Annual report of the Civil Veterinary Department, Bengal, for the year 1897-98 - 1897-1898
Year: 1897
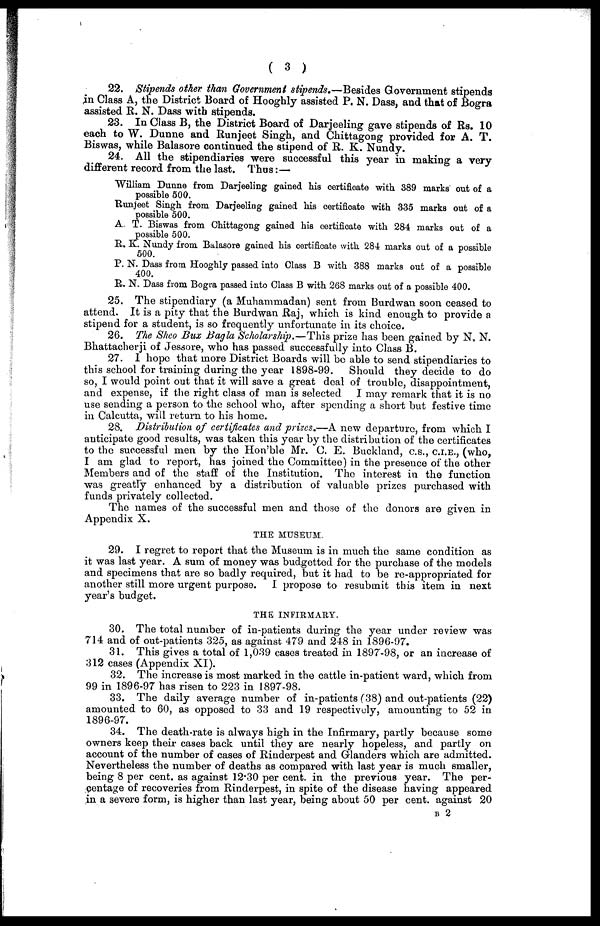
( 3 )
22. Stipends other than Government stipends.—Besides Government stipends
in Class A, the District Board of Hooghly assisted P. N. Dass, and that of Bogra
assisted R. N. Dass with stipends.
23. In Class B, the District Board of Darjeeling gave stipends of Rs. 10
each to W. Dunne and Runjeet Singh, and Chittagong provided for A. T.
Biswas, while Balasore continued the stipend of R. K. Nundy.
24. All the stipendiaries were successful this year in making a very
different record from the last. Thus:—
William Dunne from Darjeeling gained his certificate with 389 marks out of a
possible 500.
Runjeet Singh from Darjeeling gained his certificate with 335 marks out of a
possible 500.
A. T. Biswas from Chittagong gained his certificate with 284 marks out of a
possible 500.
R. K. Nundy from Balasore gained his certificate with 284 marks out of a possible
500.
P. N. Dass from Hooghly passed into Class B with 388 marks out of a possible
400.
R. N. Dass from Bogra passed into Class B with 268 marks out of a possible 400.
25. The stipendiary (a Muhammadan) sent from Burdwan soon ceased to
attend. It is a pity that the Burdwan Raj, which is kind enough to provide a
stipend for a student, is so frequently unfortunate in its choice.
26. The Sheo Bux Bagla Scholarship.—This prize has been gained by N. N.
Bhattacherji of Jessore, who has passed successfully into Class B.
27. I hope that more District Boards will be able to send stipendiaries to
this school for training during the year 1898-99.
Should they decide to do
so, I would point out that it will save a great deal of trouble, disappointment,
and expense, if the right class of man is selected
I may remark that it is no
use sending a person to the school who, after spending a short but festive time
in Calcutta, will return to his home.
28. Distribution of certificates and prizes.—A new departure, from which I
anticipate good results, was taken this year by the distribution of the certificates
to the successful men by the Hon'ble Mr. C. E. Buckland, c.s., c.i.e., (who,
I am glad to report, has joined the Committee) in the presence of the other
Members and of the staff of the Institution. The interest in the function
was greatly enhanced by a distribution of valuable prizes purchased with
funds privately collected.
The names of the successful men and those of the donors are given in
Appendix X.
THE MUSEUM.
29. I regret to report that the Museum is in much the same condition as
it was last year. A sum of money was budgetted for the purchase of the models
and specimens that are so badly required, but it had to be re-appropriated for
another still more urgent purpose.
I propose to resubmit this item in next
year's budget.
THE INFIRMARY.
30. The total number of in-patients during the year under review was
714 and of out-patients 325, as against 479 and 248 in 1896-97.
31. This gives a total of 1,039 cases treated in 1897-98, or an increase of
312 cases (Appendix XI).
32. The increase is most marked in the cattle in-patient ward, which from
99 in 1896-97 has risen to 223 in 1897-98.
33. The daily average number of in-patients (38) and out-patients (22)
amounted to 60, as opposed to 33 and 19 respectively, amounting to 52 in
1896-97.
34. The death-rate is always high in the Infirmary, partly because some
owners keep their cases back until they are nearly hopeless, and partly on
account of the number of cases of Rinderpest and Glanders which are admitted.
Nevertheless the number of deaths as compared with last year is much smaller,
being 8 per cent. as against 12.30 per cent. in the previous year. The per-
centage of recoveries from Rinderpest, in spite of the disease having appeared
in a severe form, is higher than last year, being about 50 per cent. against 20
B 2